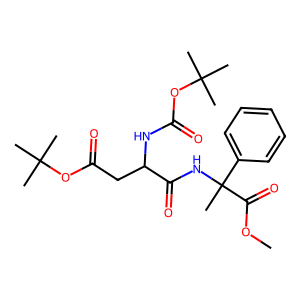
SMILES: COC(=O)C(C)(NC(=O)C(CC(=O)OC(C)(C)C)NC(=O)OC(C)(C)C)c1ccccc1
Inhibits HIV replication: No